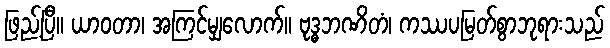
ဖြည့်ပြီ။ ယာဝတာ၊ အကြင်မျှလောက်။ ဗုဒ္ဓဘဏိတံ၊ ကဿပမြတ်စွာဘုရားသည်